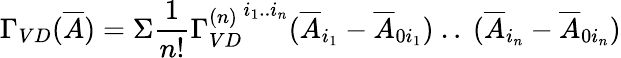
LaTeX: \Gamma_{VD}(\overline{{{A}}})=\Sigma\frac{1}{n!}{\Gamma_{VD}^{(n)}}^{i_{1}..i_{n}}(\overline{{{A}}}_{i_{1}}-\overline{{{A}}}_{0i_{1}})\ ..\ (\overline{{{A}}}_{i_{n}}-\overline{{{A}}}_{0i_{n}})